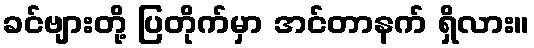
ခင်ဗျားတို့ ပြတိုက်မှာ အင်တာနက် ရှိလား။